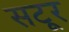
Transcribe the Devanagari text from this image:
सटूर